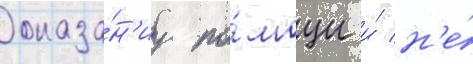
оказа́н'иу по́мощи и́ н'е́